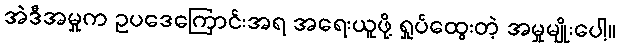
အဲဒီအမှုက ဥပဒေကြောင်းအရ အရေးယူဖို့ ရှုပ်ထွေးတဲ့ အမှုမျိုးပေါ့။